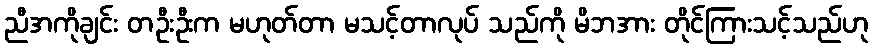
ညီအကိုချင်း တဦးဦးက မဟုတ်တာ မသင့်တာလုပ် သည်ကို မိဘအား တိုင်ကြားသင့်သည်ဟု